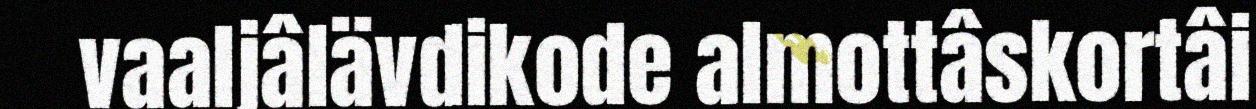
vaaljâlävdikode almottâskortâi